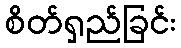
စိတ်ရှည်ခြင်း